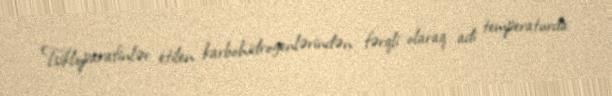
Tsikloparafinlər etilen karbohidrogenlərindən fərqli olaraq adi temperaturda